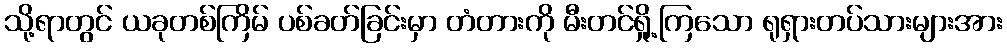
သို့ရာတွင် ယခုတစ်ကြိမ် ပစ်ခတ်ခြင်းမှာ တံတားကို မီးတင်ရှို့ကြသော ရုရှားတပ်သားများအား